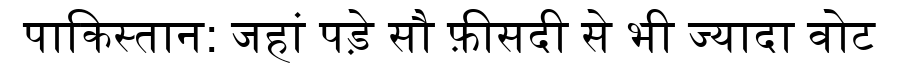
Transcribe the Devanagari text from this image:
पाकिस्तान: जहां पड़े सौ फ़ीसदी से भी ज्यादा वोट